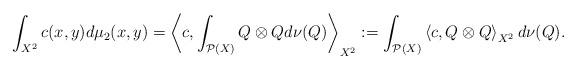
LaTeX: \begin{align*} \int_{X^2}c(x,y)d\mu_2(x,y)=\left\langle c,\int_{\mathcal P(X)}Q\otimes Q d\nu(Q)\right\rangle_{X^2}:= \int_{\mathcal P(X)}\left\langle c,Q\otimes Q\right\rangle_{X^2} d\nu(Q).\end{align*}